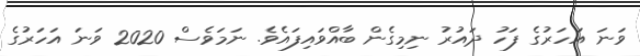
ވަނަ އަހަރުގެ ފަހު ދައުރު ނިމިގެން ބާއްވައިފައެވެ. ނަމަވެސް 2020 ވަނަ އަހަރުގެ